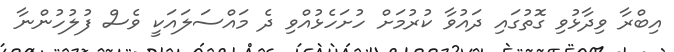
އިބްރާ ވިދާޅުވި ގޮތުގައި ދައުވާ ކުރުމަށް ހުށަހެޅުއްވި ދެ މައްސަލައަކީ ވެސް ފުލުހުންނާ